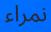
نمراء